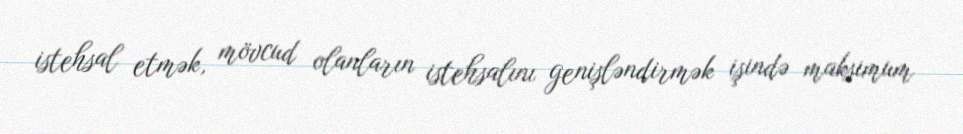
istehsal etmək, mövcud olanların istehsalını genişləndirmək işində maksimum